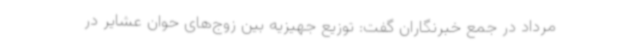
مرداد در جمع خبرنگاران گفت: توزیع جهیزیه بین زوج‌های حوان عشایر در